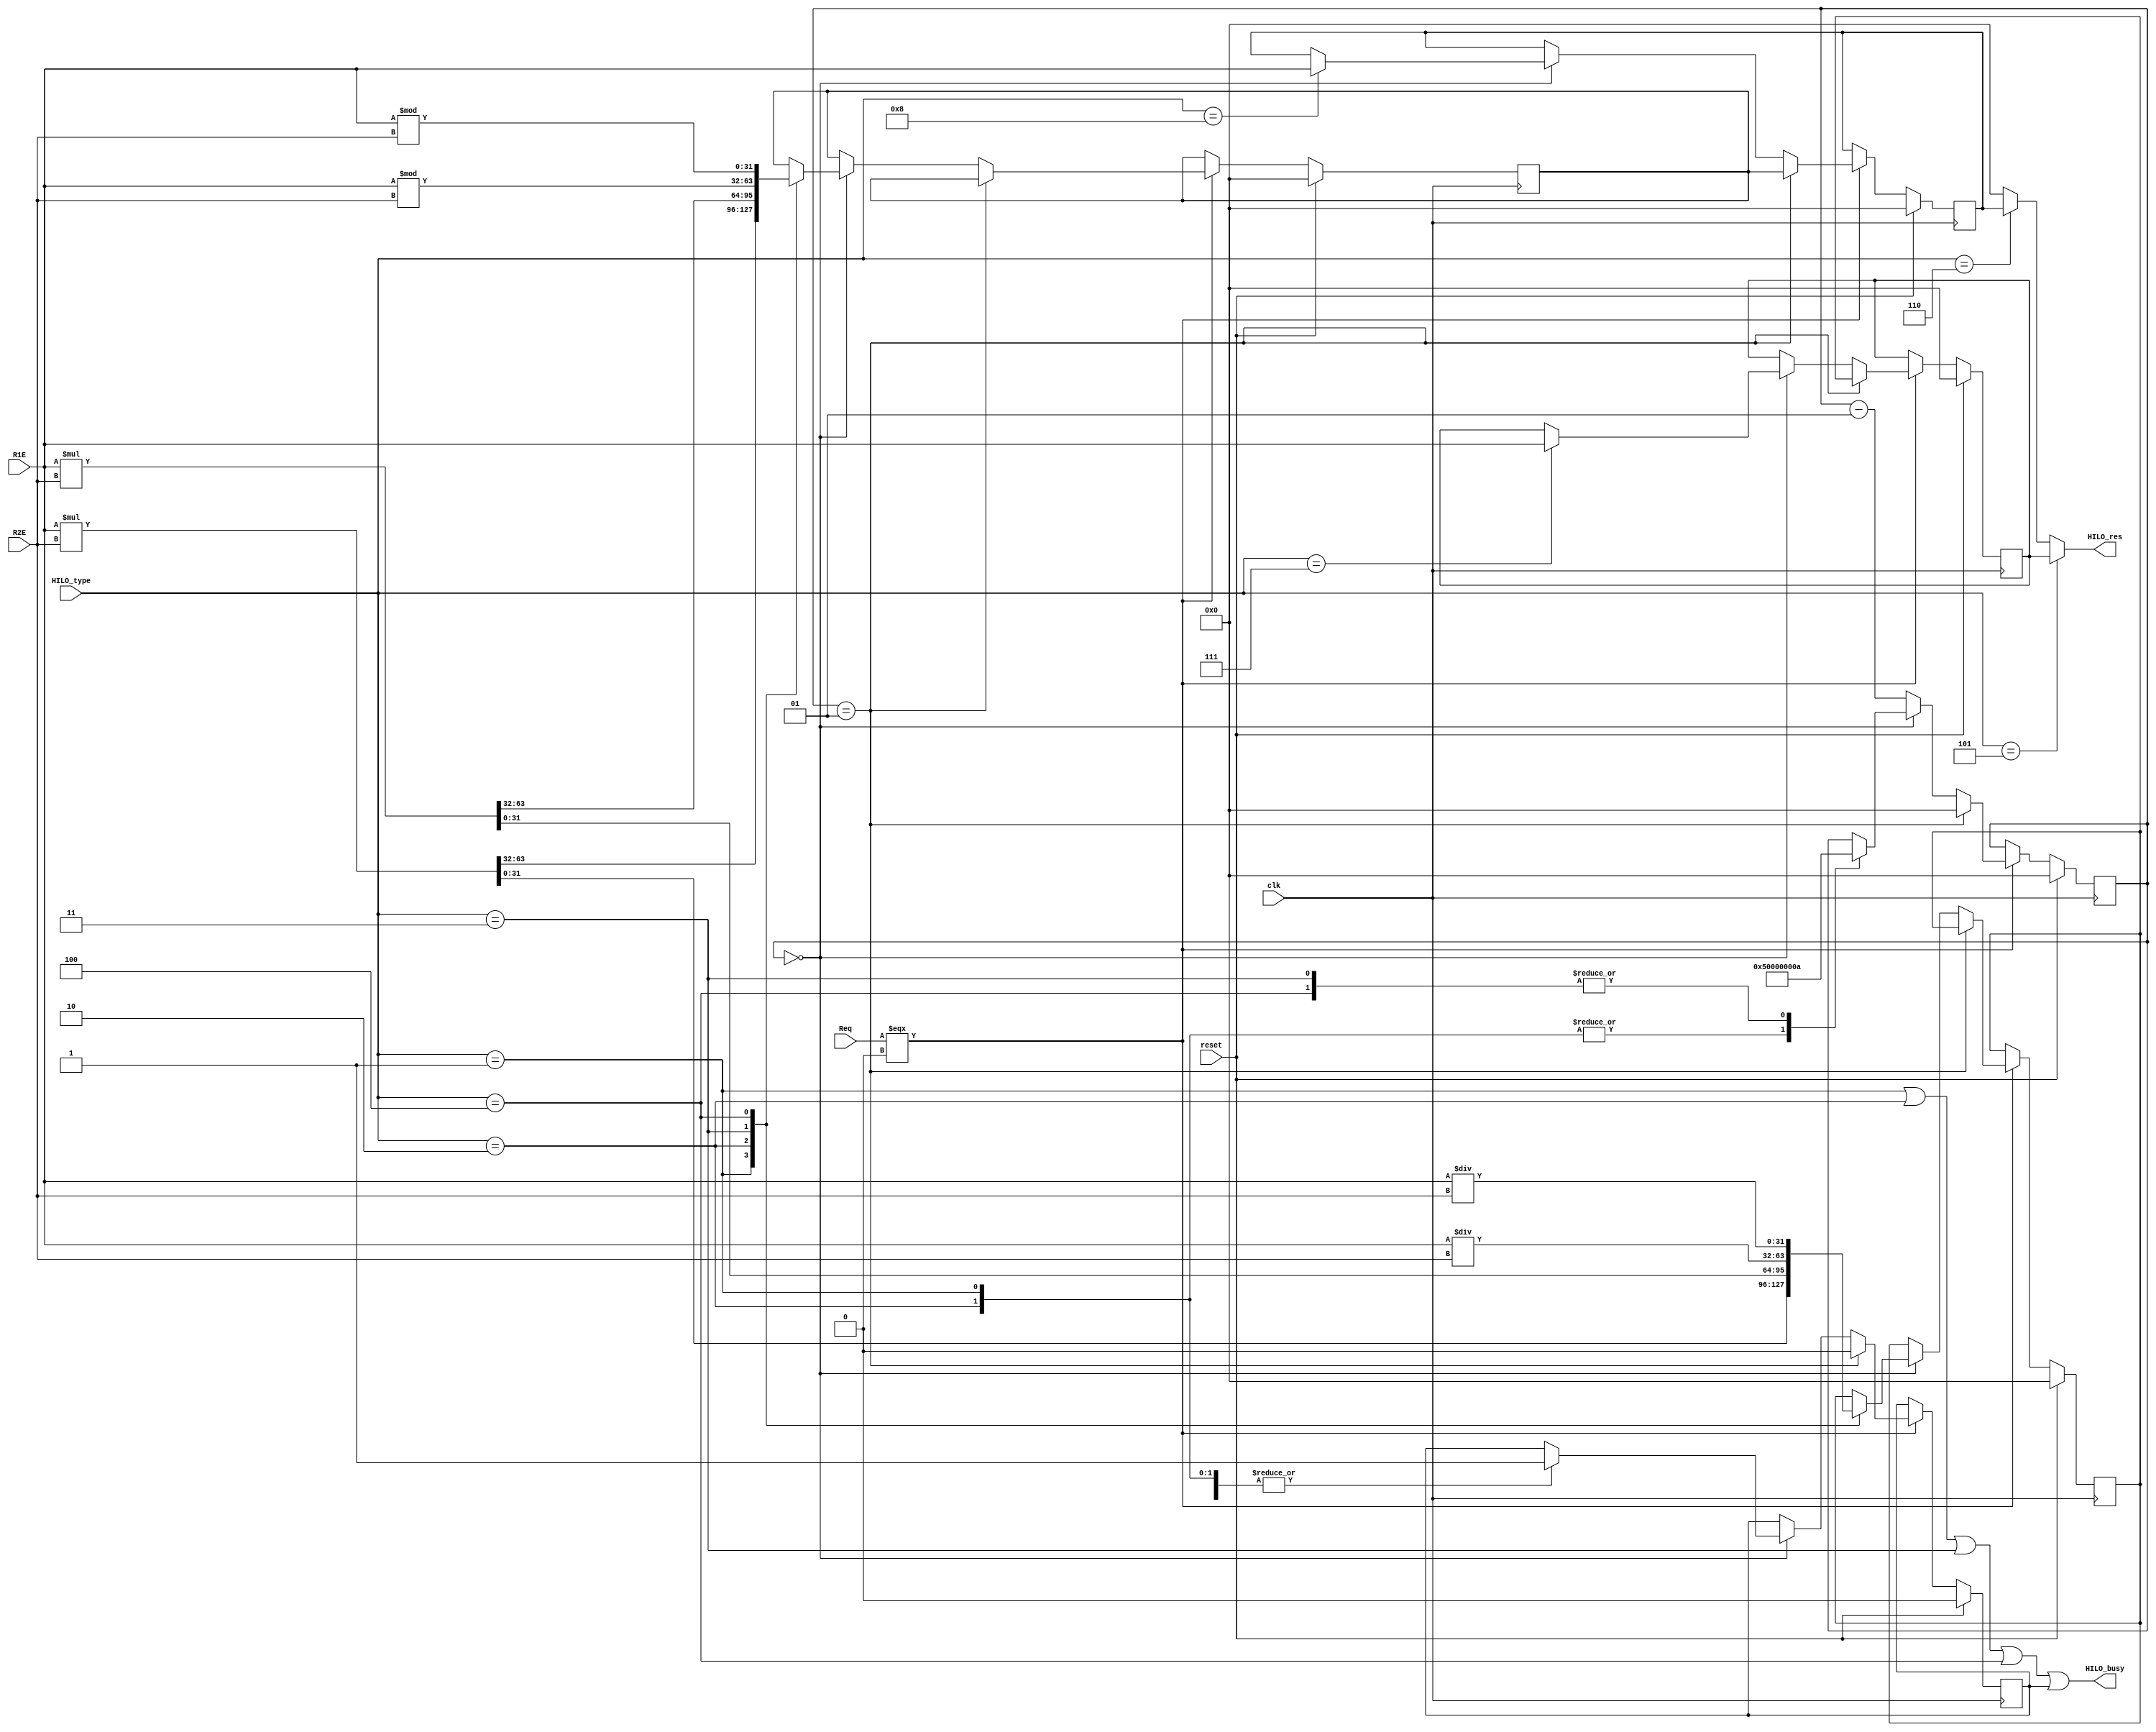
`timescale 1ns / 1ps
//////////////////////////////////////////////////////////////////////////////////
// Company: 
// Engineer: 
// 
// Design Name: 
// Module Name:    HILO 
// Project Name: 
// Target Devices: 
// Tool versions: 
// Description: 
//
// Dependencies: 
//
// Revision: 
// Revision 0.01 - File Created
// Additional Comments: 
//
//////////////////////////////////////////////////////////////////////////////////
module HILO(
	 input Req,
	
    input clk,
    input reset,
    input [31:0] R1E,
    input [31:0] R2E,
    input [3:0] HILO_type,
    output HILO_busy,
    output [31:0] HILO_res
    );

	
	reg busy;
	reg [31:0] hi, lo;
	reg [31:0] tmp_hi, tmp_lo;

	integer 	cycle 		= 	0;
	assign 	start			= 	(HILO_type == 4'd1) | (HILO_type == 4'd2) | 
									(HILO_type == 4'd3) | (HILO_type == 4'd4)	;	// mult | multu | div | divu
	assign 	HILO_busy	=	start | busy;
	assign	HILO_res		= 	(HILO_type == 4'd5)	? 	lo:
									(HILO_type == 4'd6)	? 	hi:
																	0;
	
	always @(posedge clk) begin
		if(reset) begin
			hi <= 0;			lo <= 0;
			cycle <= 0;		busy <= 0;
			tmp_hi <= 0;	tmp_lo <= 0;
		end
		else if(Req === 1'b0) begin
			if(cycle == 1) begin
				cycle <= 0;		busy 	<= 0;
				hi <= tmp_hi;	lo <= tmp_lo;
			end
			else if(cycle == 0) begin
				case(HILO_type)
					4'd1: begin														// mult
						busy <= 1; cycle <= 5;
						{tmp_hi, tmp_lo} <= $signed(R1E) * $signed(R2E);
 					end
					4'd2: begin 													// multu
						busy <= 1; cycle <= 5;
						{tmp_hi, tmp_lo} <= R1E * R2E;
					end
					4'd3: begin														// div
						busy <= 1; 	cycle <= 10;
						{tmp_hi, tmp_lo} <= {$signed(R1E) % $signed(R2E), $signed(R1E) / $signed(R2E)};	
					end
					4'd4: begin														// divu
						busy <= 1; 	cycle <= 10;
						{tmp_hi, tmp_lo} <= {R1E % R2E, R1E / R2E};
					end
					4'd7: begin														// mtlo
						lo <= R1E;												
					end				
					4'd8: begin 													// mthi
						hi <= R1E;
					end
					//4'd5: mflo 	4'd6: mfhi
				endcase
			end
			else cycle <= cycle - 1;
		end
	end

endmodule


/* 
	assign 	mult		= 	(HILO_type == 4'd1)? 1'b1: 1'b0;
	assign 	multu		= 	(HILO_type == 4'd2)? 1'b1: 1'b0;
	assign 	div		= 	(HILO_type == 4'd3)? 1'b1: 1'b0;
	assign 	divu		= 	(HILO_type == 4'd4)? 1'b1: 1'b0;
	assign 	mflo		= 	(HILO_type == 4'd5)? 1'b1: 1'b0;
	assign 	mfhi		= 	(HILO_type == 4'd6)? 1'b1: 1'b0;
	assign 	mtlo		= 	(HILO_type == 4'd7)? 1'b1: 1'b0;
	assign 	mthi		= 	(HILO_type == 4'd8)? 1'b1: 1'b0;
*/